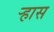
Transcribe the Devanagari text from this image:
ऱ्हास